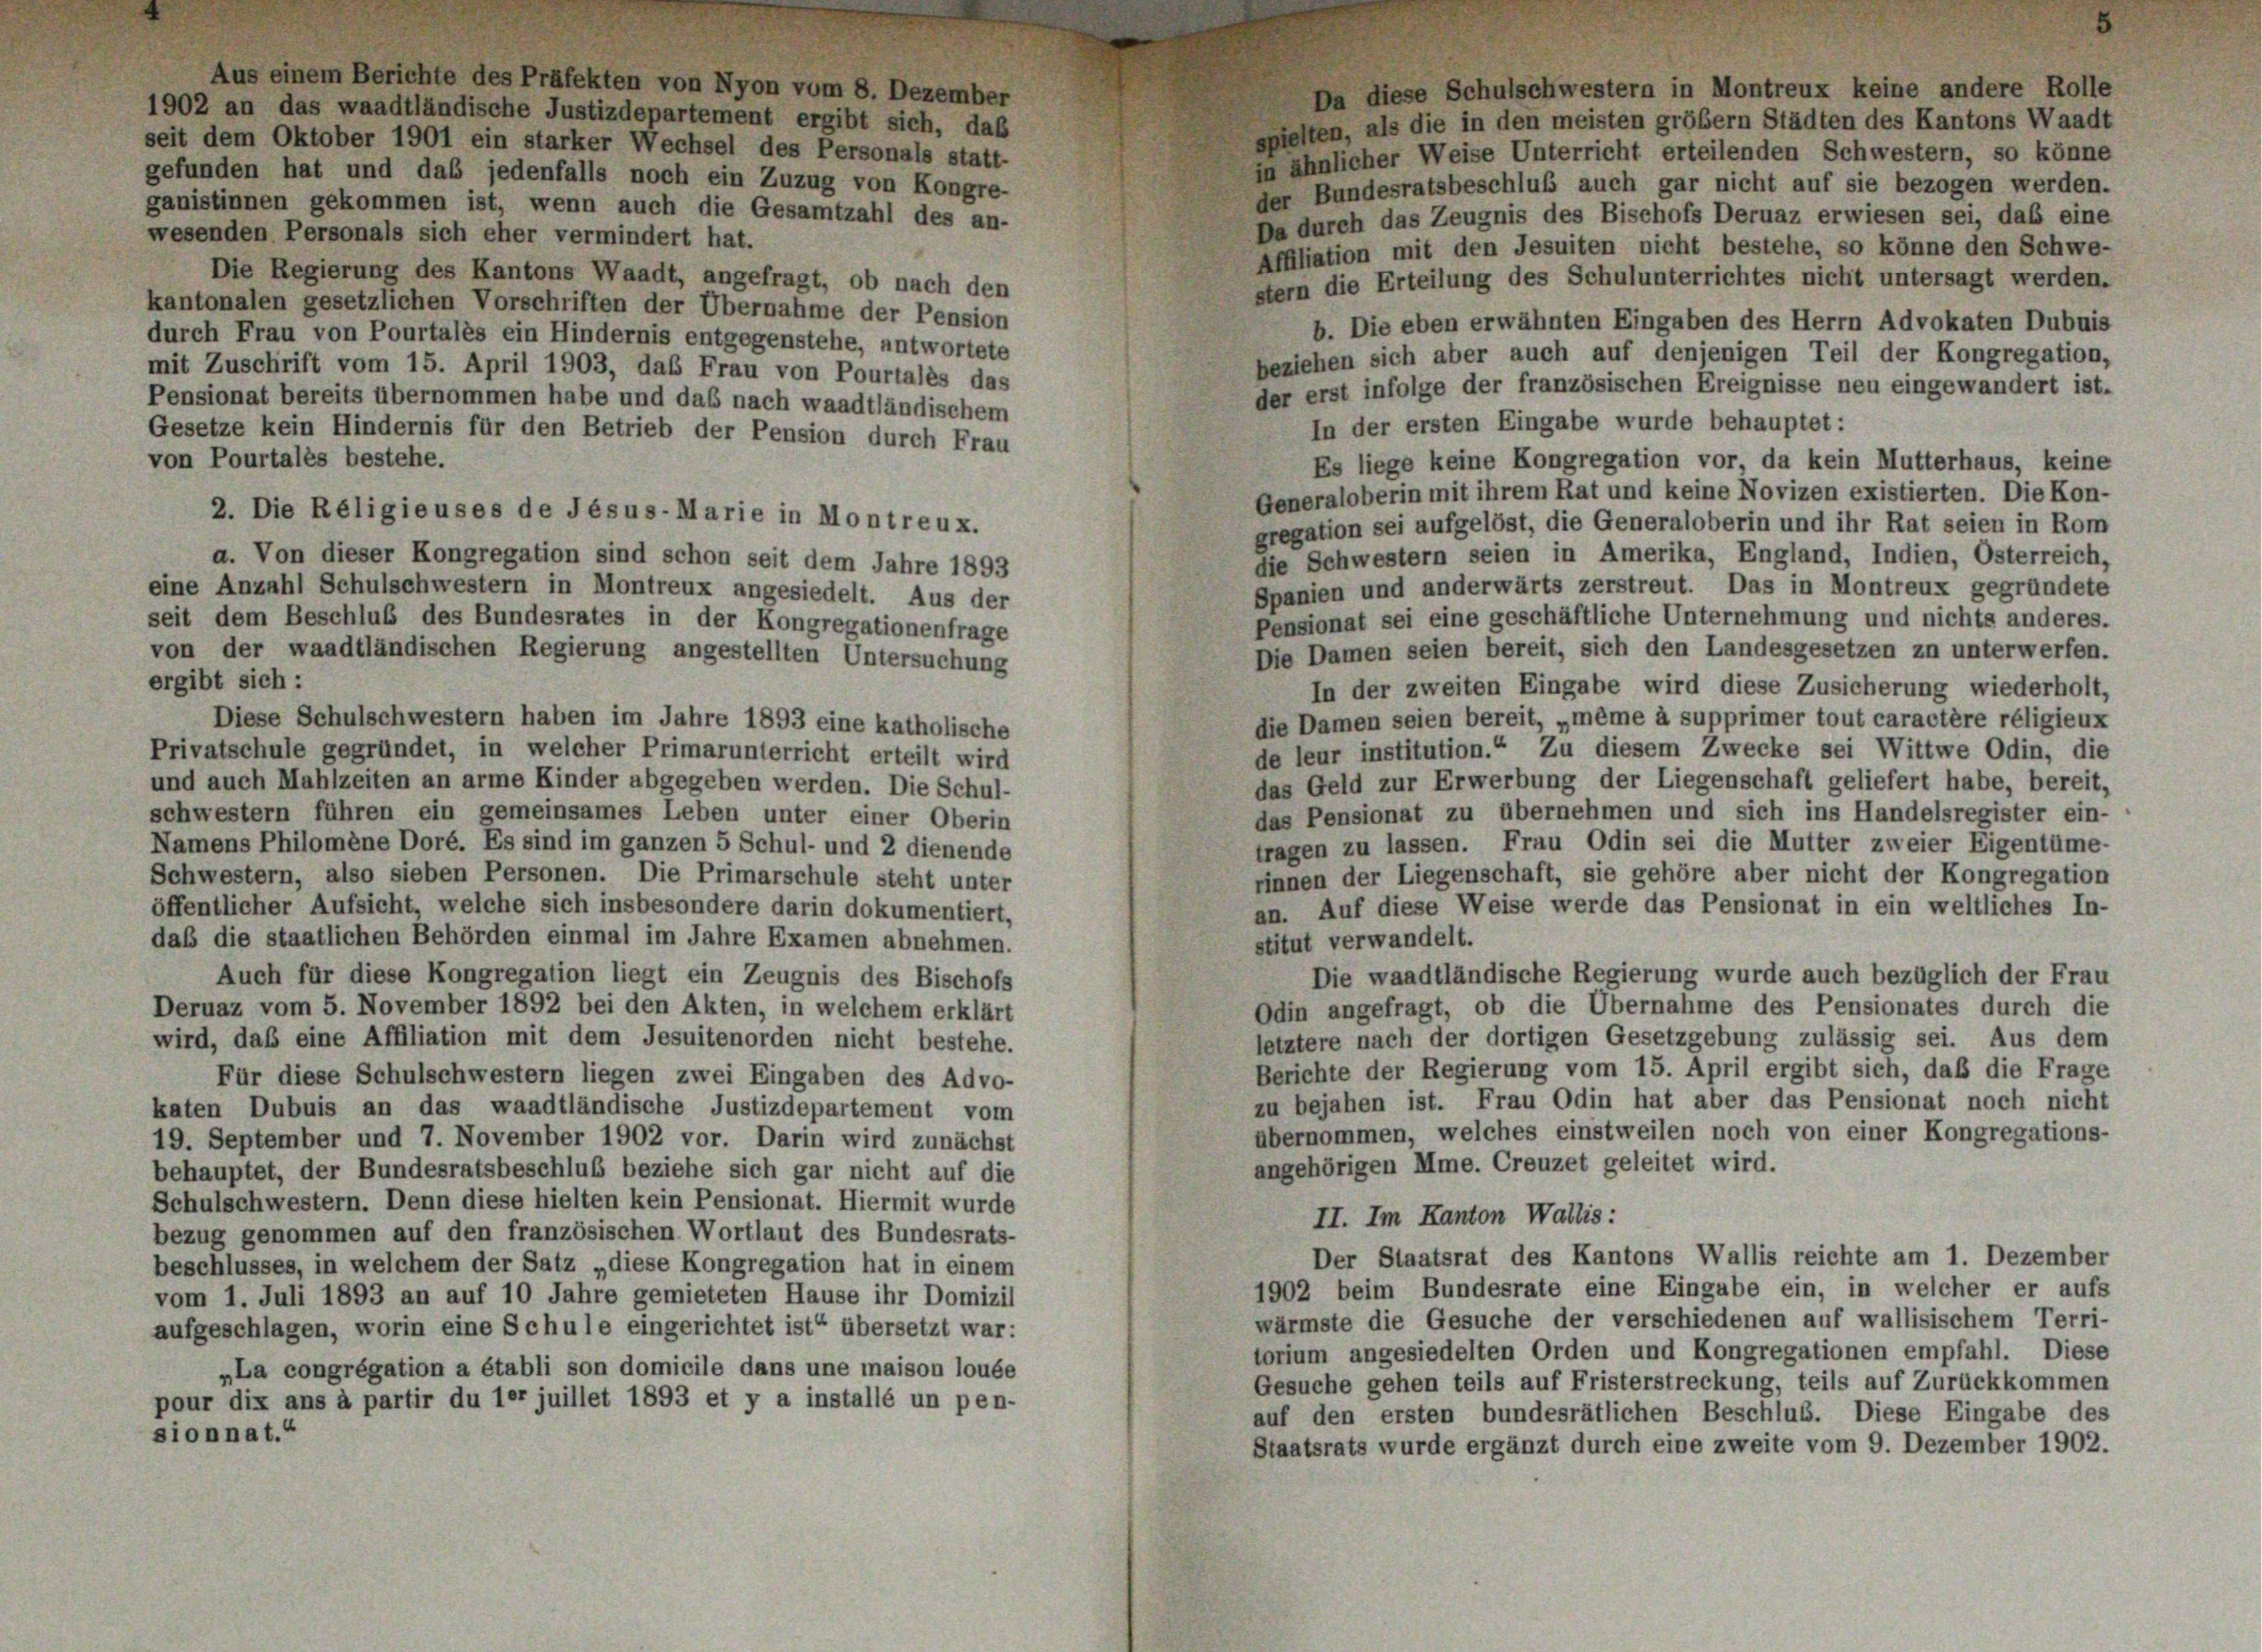
Aus einem Berichte des Präfekten von Nyon vom 8. Dezember
Da diese Schulschwestern in Montreux keine andere Rolle
1902 an das waadtländische Justizdepartement ergibt sich, daß
spielten, als die in den meisten größer Städten des Kantons Waadt
seit dem Oktober 1901 ein starker Wechsel des Personals statt-
in ähnlicher Weise Unterricht erteilenden Schwestern, so könne
gefunden hat und das jedenfalls noch ein Zuzug von Kongre-
der Bundesratsbeschluß auch gar nicht auf sie bezogen werden.
ganistinnen gekommen ist, wenn auch die Gesamtzahl des an-
Da durch das Zeugnis des Bischofs Deruaz erwiesen sei, daß eine
wesenden Personals sich eher vermindert hat.
Affiliation mit den Jesuiten nicht bestehe, so könne den Schwe-
Die Regierung des Kantons Waadt, angefragt, ob nach den
stem die Erteilung des Schulunterrichtes nicht untersagt werden.
kantonalen gesetzlichen Vorschriften der Übernahme der Pension
b. Die eben erwähnten Eingaben des Herrn Advokaten Dubuis
durch Frau von Pourtales ein Hindernis entgegenstehe, antwortete
beziehen sich aber auch auf denjenigen Teil der Kongregation,
mit Zuschrift vom 15. April 1903, das Frau von Pourtales das
der erst infolge der französischen Ereignisse neu eingewandert ist.
Pensionat bereits übernommen habe und das nach waadtländischem
In der ersten Eingabe wurde behauptet:
Gesetze kein Hindernis für den Betrieb der Pension durch Frau
von Pourtales bestehe.
Es liege keine Kongregation vor, da kein Mutterhaus, keine
Generaloberin mit ihrem Rat und keine Novizen existierten. Die Kon-
2. Die Religieuses de Jesus-Marie in Montreux.
gregation sei aufgelöst, die Generaloberin und ihr Rat seien in Rom
die Schwestern seien in Amerika, England, Indien, Osterreich,
a. Von dieser Kongregation sind schon seit dem Jahre 1893
Spanien und anderwärts zerstreut. Das in Montreux gegründete
eine Anzahl Schulschwestern in Montreux angesiedelt. Aus der
Pensionat sei eine geschäftliche Unternehmung und nichts anderes.
seit dem Beschluß des Bundesrates in der Kongregationenfrage
Die Damen seien bereit, sich den Landesgesetzen zu unterwerfen.
von der waadtländischen Regierung angestellten Untersuchung
ergibt sich:
In der zweiten Eingabe wird diese Zusicherung wiederholt,
die Damen seien bereit, „même à supprimer tout caractère réligieux
Diese Schulschwestern haben im Jahre 1893 eine katholische
de leur institution.“ Zu diesem Zwecke sei Wittwe Odin, die
Privatschule gegründet, in welcher Primarunterricht erteilt wird
und auch Mahlzeiten an arme Kinder abgegeben werden. Die Schul-
das Geld zur Erwerbung der Liegenschaft geliefert habe, bereit,
das Pensionat zu übernehmen und sich ins Handelsregister ein-
schwestern führen ein gemeinsames Leben unter einer Oberin
tragen zu lassen. Frau Odin sei die Mutter zweier Eigentüme
Namens Philomène Doré. Es sind im ganzen 5 Schul- und 2 dienende
Schwestern, also sieben Personen. Die Primarschule steht unter
rinnen der Liegenschaft, sie gehöre aber nicht der Kongregation
öffentlicher Aufsicht, welche sich insbesondere darin dokumentiert,
an. Auf diese Weise werde das Pensionat in ein weltliches In-
daß die staatlichen Behörden einmal im Jahre Examen abnehmen.
stitut verwandelt.
Auch für diese Kongregation liegt ein Zeugnis des Bischofs
Die waadtländische Regierung wurde auch bezüglich der Frau
Deruaz vom 5. November 1892 bei den Akten, in welchem erklärt
Odin angefragt, ob die Übernahme des Pensionates durch die
wird, daß eine Affiliation mit dem Jesuitenorden nicht bestehe
letztere nach der dortigen Gesetzgebung zulässig sei. Aus dem
Berichte der Regierung vom 15. April ergibt sich, daß die Frage
Für diese Schulschwestern liegen zwei Eingaben des Advo-
zu bejahen ist. Frau Odin hat aber das Pensionat noch nicht
katen Dubuis an das waadtländische Justizdepartement vom
übernommen, welches einstweilen noch von einer Kongregations-
19. September und 7. November 1902 vor. Darin wird zunächst
angehörigen Mme. Creuzet geleitet wird.
behauptet, der Bundesratsbeschluß beziehe sich gar nicht auf die
Schulschwestern. Denn diese hielten kein Pensionat. Hiermit wurde
II. Im Kanton Wallis:
bezug genommen auf den französischen Wortlaut des Bundesrats-
Der Staatsrat des Kantons Wallis reichte am 1. Dezember
beschlusses, in welchem der Satz „diese Kongregation hat in einem
1902 beim Bundesrate eine Eingabe ein, in welcher er aufs
vom 1. Juli 1893 an auf 10 Jahre gemieteten Hause ihr Domizil
wärmste die Gesuche der verschiedenen auf wallisischem Terri-
aufgeschlagen, worin eine Schule eingerichtet ist“ übersetzt war:
torium angesiedelten Orden und Kongregationen empfahl. Diese
„La congrégation a établi son domicile dans une maison louée
Gesuche gehen teils auf Fristerstreckung, teils auf Zurückkommen
pour dix ans à partir du 1er juillet 1893 et y a installé un pen-
auf den ersten bundesrätlichen Beschlus. Diese Eingabe des
sionnat.“
Staatsrats wurde ergänzt durch eine zweite vom 9. Dezember 1902.